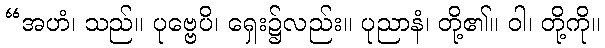
“အဟံ၊ သည်။ ပုဗ္ဗေပိ၊ ရှေး၌လည်း။ ပုညာနံ၊ တို့၏။ ဝါ၊ တို့ကို။